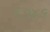
૧૭૪૬